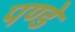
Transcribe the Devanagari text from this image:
पण्डे